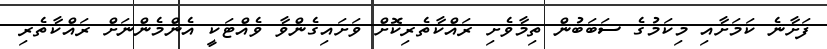
ފަށާނެ ކަމަށާއި މިކަމުގެ ސަބަބުން ތިމާވެށި ރައްކާތެރިކޮށް ވަށައިގެންވާ ވެއްޓަކީ އެންމެންނަށް ރައްކާތެރި